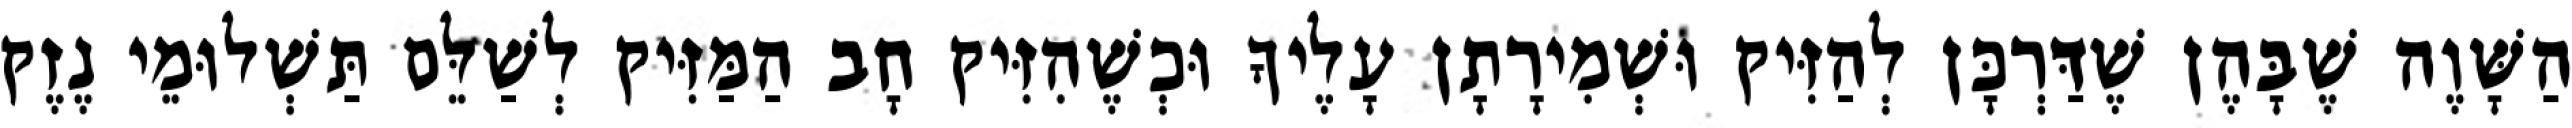
הַשָּׁוֶה שֶׁבָּהֶן שֶׁדַּרְכָּן לְהַזִּיק וּשְׁמִירָתָן עָלֶיךָ וּכְשֶׁהִזִּיק חָב הַמַּזִּיק לְשַׁלֵּם תַּשְׁלוּמֵי נֶזֶק